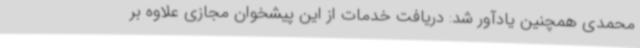
محمدی همچنین یادآور شد: دریافت خدمات از این پیشخوان مجازی علاوه بر